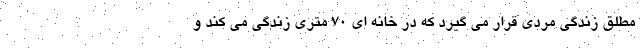
مطلق زندگی مردی قرار می گیرد که در خانه ای 70 متری زندگی می کند و